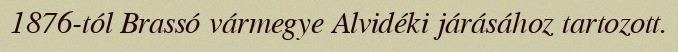
1876-tól Brassó vármegye Alvidéki járásához tartozott.